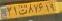
۲۱ت۸۷۶۱۹